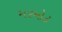
મરમોટ